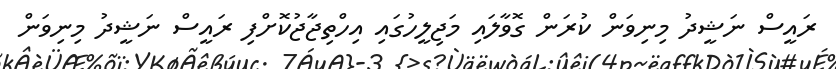
ރައީސް ނަޝީދު މިނިވަން ކުރަން ގޮވާލައި މަޖިލީހުގައި އިހްތިޖާޖުކޮށްފި ރައީސް ނަޝީދު މިނިވަން